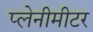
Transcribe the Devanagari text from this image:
प्लेनीमीटर